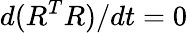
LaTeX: d(R^{T}R)/dt=0